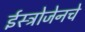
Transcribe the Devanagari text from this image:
ईस्ट्रोजेनचे